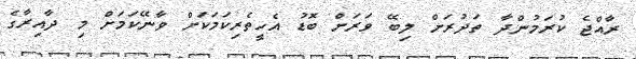
ރާއްޖެ ކުރަމުންދާ ތަދުރަށް ލިބޭ ވަރަށް ބޮޑު އެހީތެރިކަމަކަށް ވާނޭކަމަށް މި ދާއިރާގެ